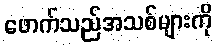
ဖောက်သည်အသစ်များကို